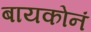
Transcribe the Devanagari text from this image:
बायकोनं